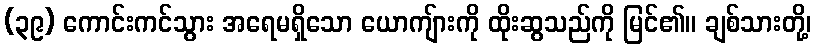
(၃၉) ကောင်းကင်သွား အရေမရှိသော ယောကျ်ားကို ထိုးဆွသည်ကို မြင်၏။ ချစ်သားတို့၊